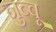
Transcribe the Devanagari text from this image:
नुव्वू